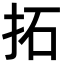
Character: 拓